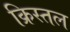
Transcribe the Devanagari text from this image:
क्रिस्तल